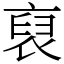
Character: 裒